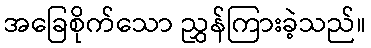
အခြေစိုက်သော ညွှန်ကြားခဲ့သည်။